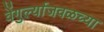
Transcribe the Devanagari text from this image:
वेंगुर्ल्याजवळच्या